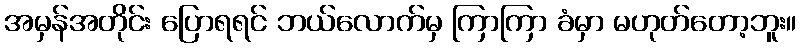
အမှန်အတိုင်း ပြောရရင် ဘယ်လောက်မှ ကြာကြာ ခံမှာ မဟုတ်တော့ဘူး။